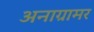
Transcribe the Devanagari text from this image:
अनाग्रामर